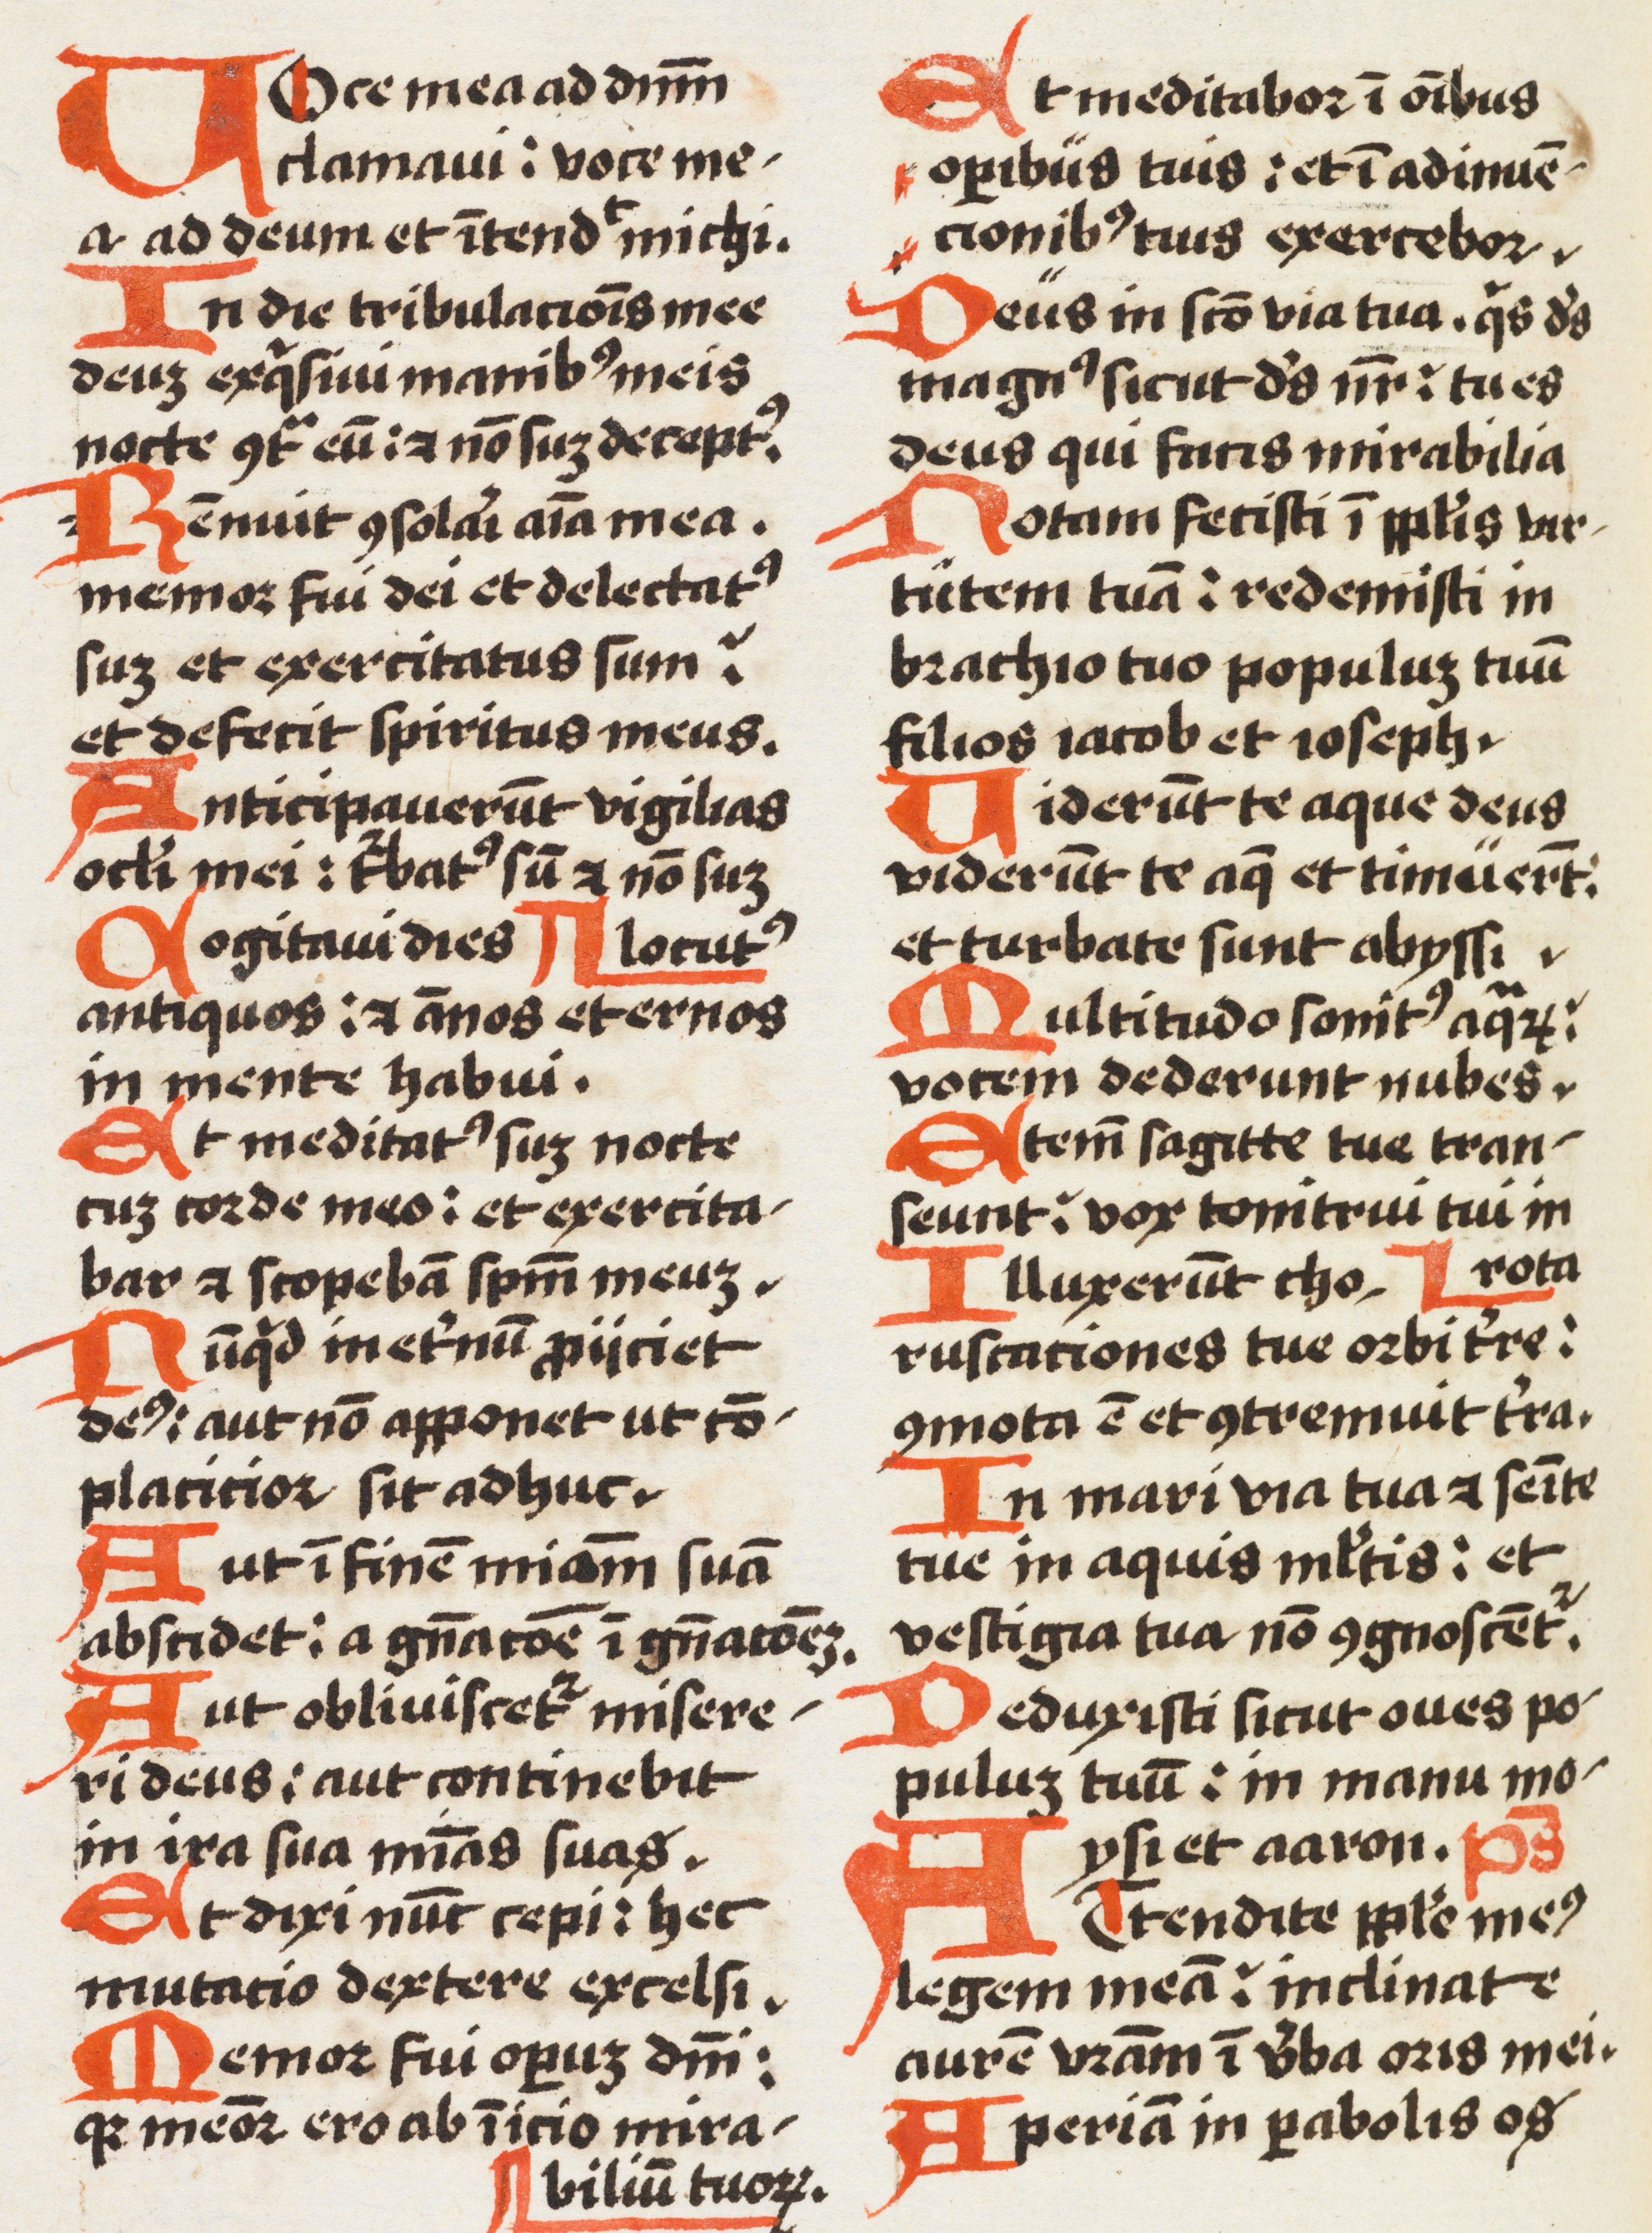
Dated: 1500–1524